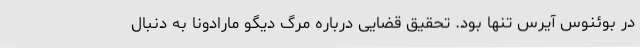
در بوئنوس آیرس تنها بود. تحقیق قضایی درباره مرگ دیگو مارادونا به دنبال